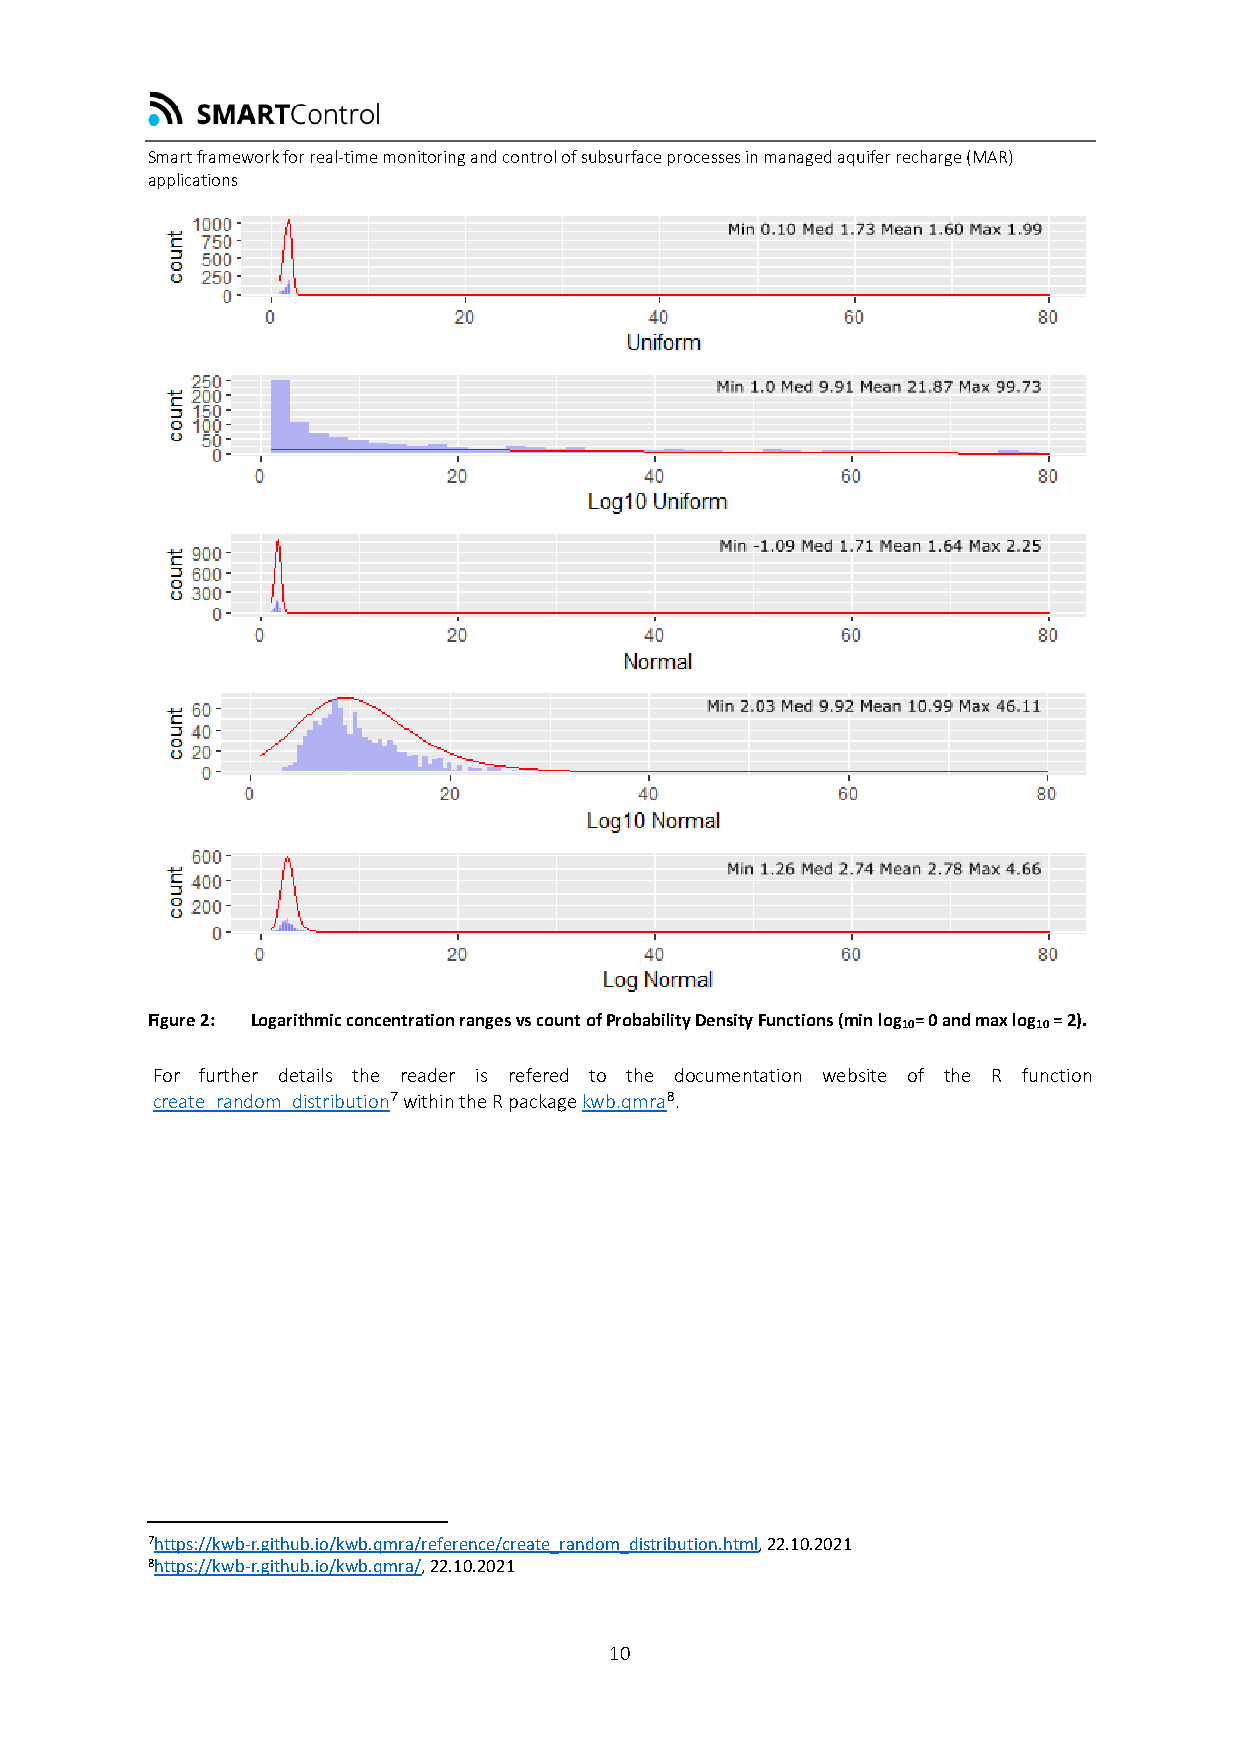
Smart framework for real-time monitoring and control of subsurface processes in managed aquifer recharge (MAR)
 applications
 Figure 2: Logarithmic concentration ranges vs count of Probability Density Functions (min log10= 0 and max log10 = 2).
 For further details the reader is refered to the documentation website of the R function
 create_random_distribution7 within the R package kwb.qmra8.
 7https://kwb-r.github.io/kwb.qmra/reference/create_random_distribution.html, 22.10.2021
 8https://kwb-r.github.io/kwb.qmra/, 22.10.2021
 10